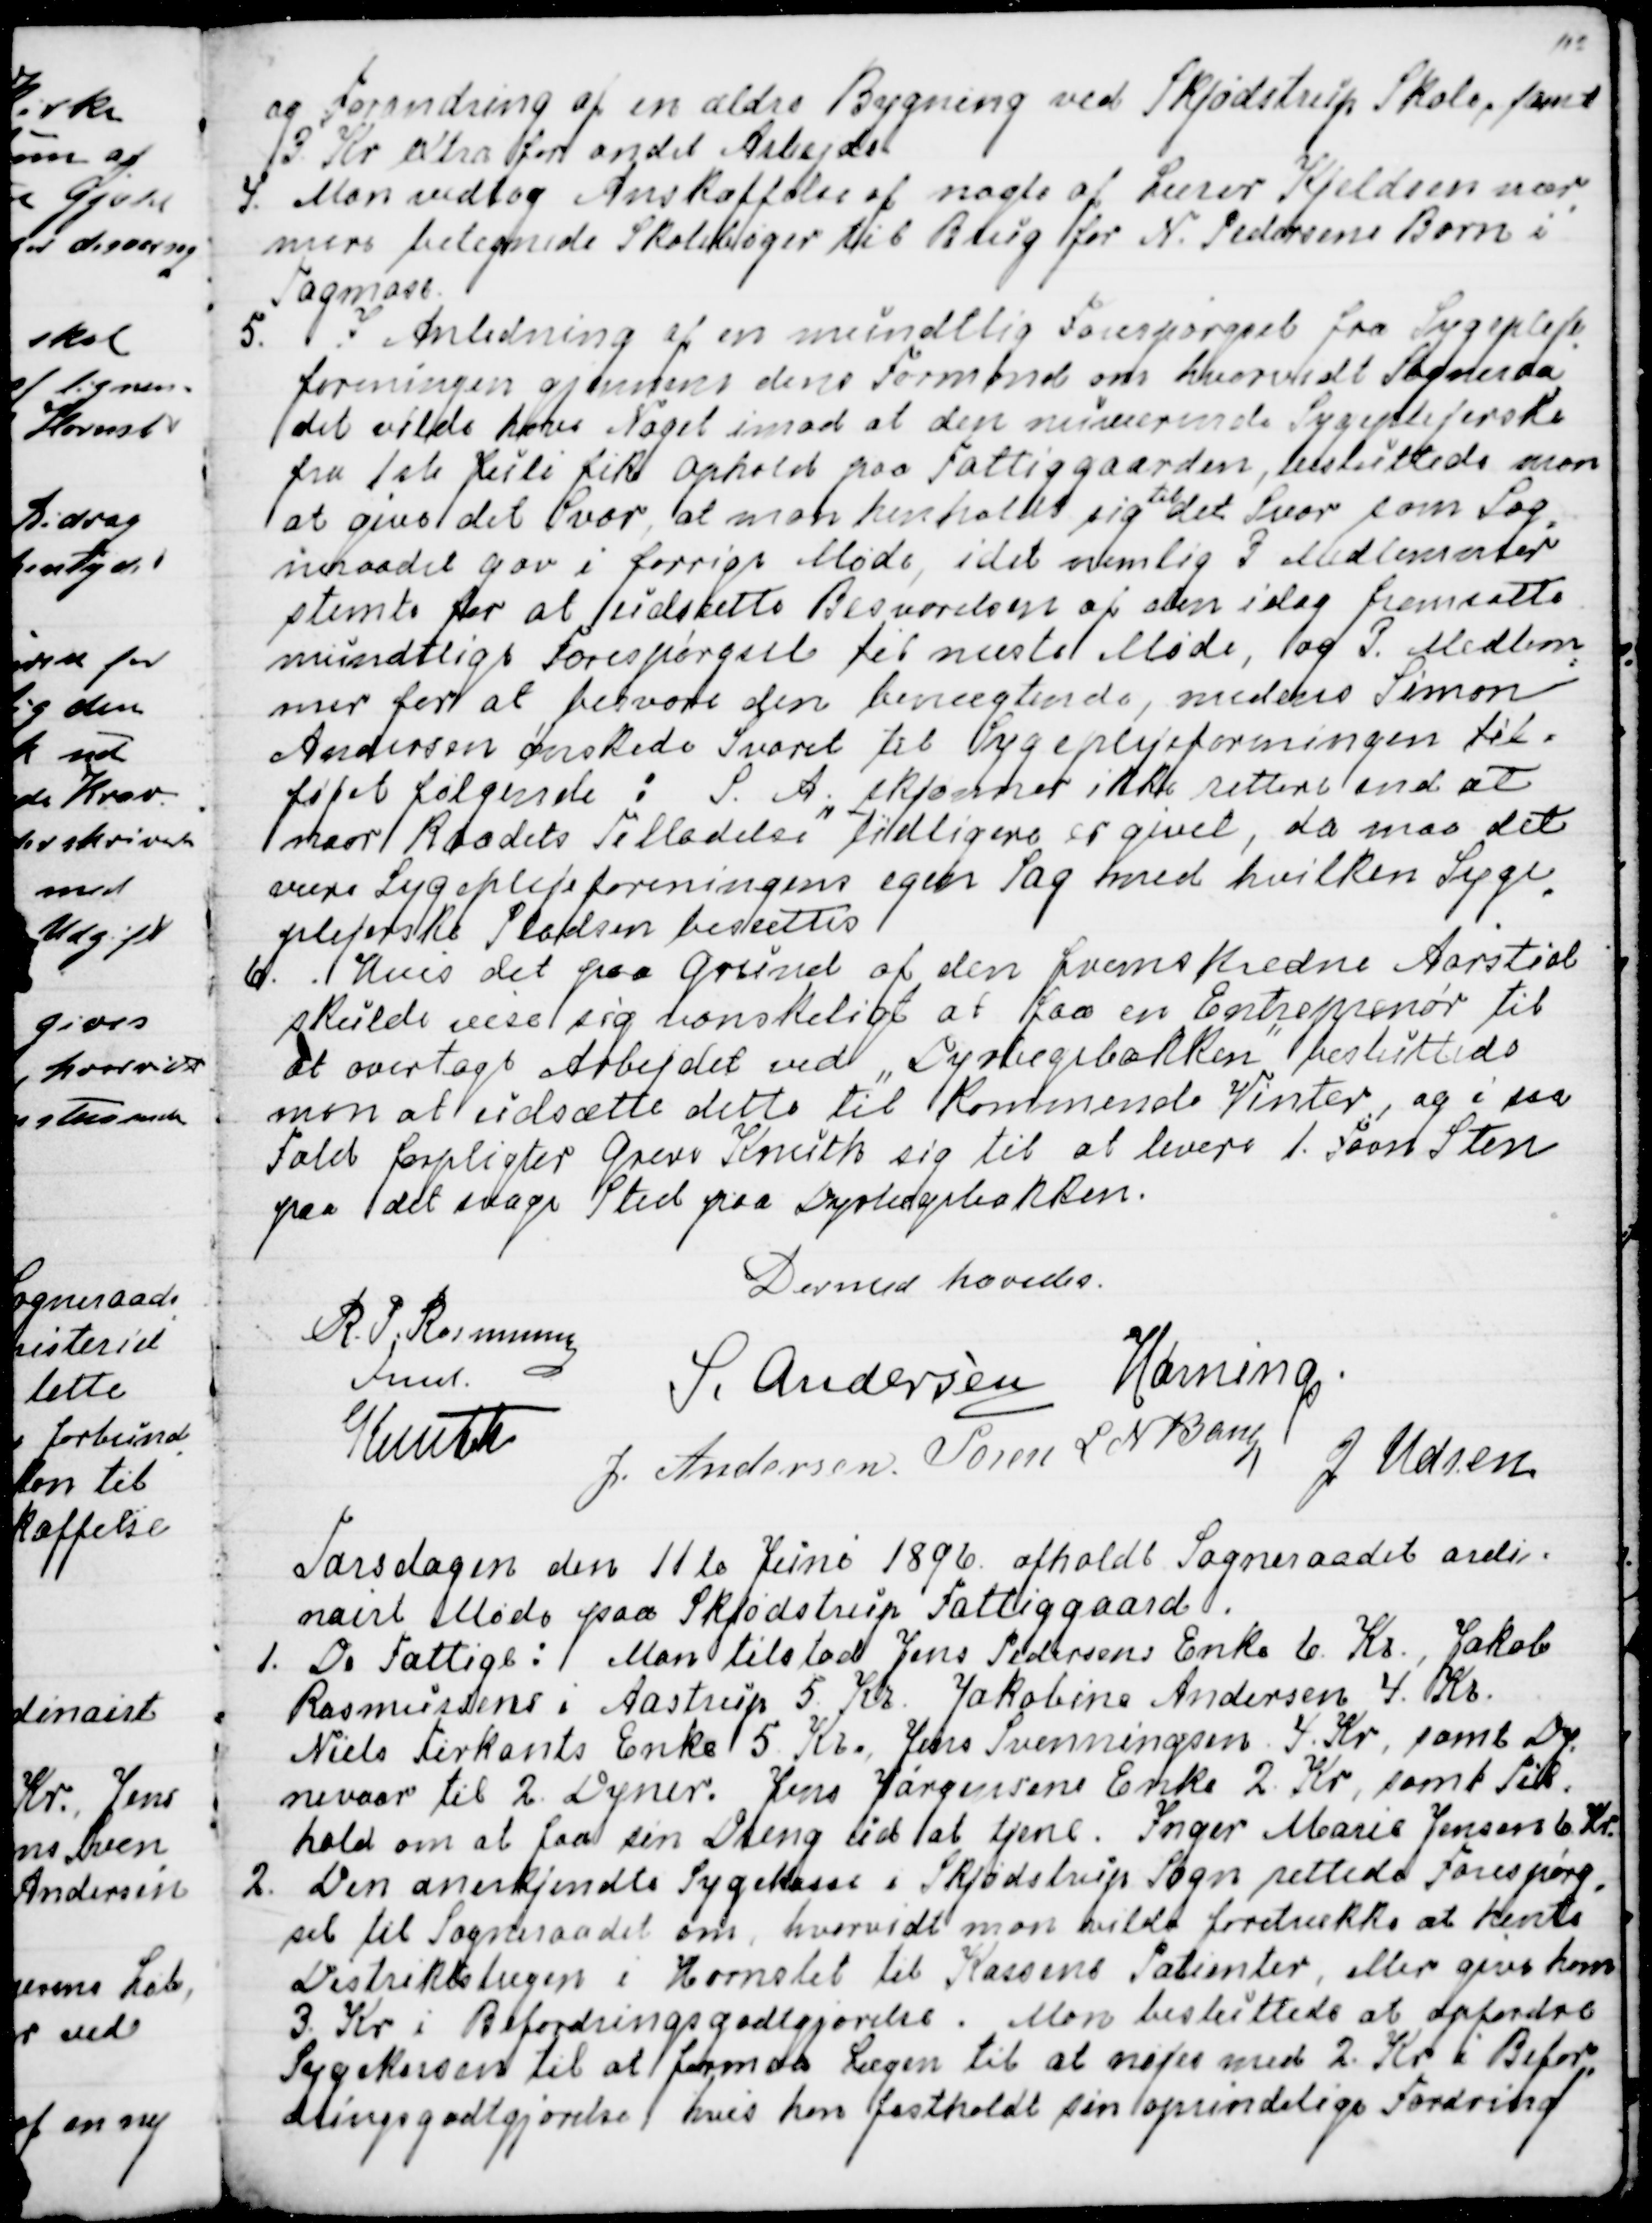
Transskription:
og Forandring af en ældre Bygning ved Skjødstrup Skole, samt
3. Kr extra for andet Arbejde.
4. Man vedtog Anskaffelse af nogle af Lærer Kjeldsen nær
-
mere betegnede Skolebøger til Brug for N. Pedersens Born i
Tagmose
5. I Anledning af en mundtlig Forespørgsel fra Sygepleje
-
foreningen gjennem dens Formand om hvorvidt  Sogneraa
det vilde have Noget imod at den nuværende Sygeplejerske
fra 1ste Juli fik Ophold paa Fattiggaarden, besluttede man
at give det Svar, at man henholdt sig 
til
det Svar som Sog
-
neraadet gav i forrige Møde, idet nemlig 3 Medlemmer
stemte for at udsætte Besvarelsen af den idag fremsatte
mundtlige Forespørgsel til næste Møde, og 3. Medlem
=
mer for at besvare den benægtende, medens Simon
Andersen ønskede Svaret til Sygeplejeforeningen til=
føjet følgende:  S. A.  skjønner ikke rettere end at
naar Raadets Tilladelse tidligere er givet, da maa det
være Sygeplejeforeningens egen Sag med hvilken Syge
-
plejerske Pladsen besættes
6. Hvis det paa Grund af den fremskredne Aarstid
skulde vise sig vanskeligt at faa en Entreprenør til
at overtage Arbejdet ved "Dyrlægebakken" besluttede
man at udsætte dette til kommende Vinter, og i saa
Fald forpligter Greve Knuth sig til at levere 1. Favn Sten
paa det svage Sted paa Dyrlægebakken.
Dermed hævedes
R. P. Rasmussen
Fmd.
S. Andersen
Hørning.
Knuth
J. Andersen
Søren L N Bang
J Udsen

Torsdagen den 11te Juni 1896. afholdt Sogneraadet ordi=
nairt Møde paa Skjødstrup Fattiggaard.
1. De Fattige:  Man tilstod Jens Pedersens Enke 6. Kr., Jakob
Rasmussens i Aastrup 5. Kr. Jakobine Andersen 4. Kr.
Niels Firkants Enke 5. Kr. Jens Svenningsen. 4. Kr, samt Dy
=
nevaar til 2 Dyner. Jens Jørgensens Enke 2. Kr, samt Til=
hold om at faa sin Dreng ud at tjene. Inger Marie Jensen 6. Kr.
2. Den anerkjendte Sygekasse i Skjødstrup Sogn rettede Forespørg
-
sel til Sogneraadet om, hvorvidt man vilde foretrække at hente
Distriktslægen i Hornslet til Kassens Patienter, eller give ham
3. Kr i Befordringsgodtgjørelse. Man besluttede at opfordre
Sygekassen til at formaa Lægen til at nøjes med 2. Kr i Befor
-
dringsgodtgjørelse, hvis han fastholdt sin oprindelige Fordring